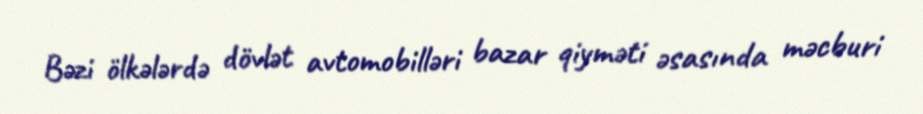
Bəzi ölkələrdə dövlət avtomobilləri bazar qiyməti əsasında məcburi